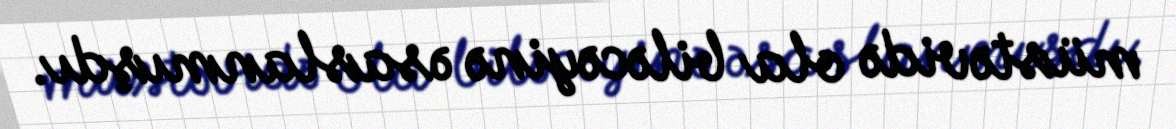
müstəvidə ola biləcəyinə əsaslanmışdı.